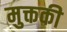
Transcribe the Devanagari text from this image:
मुक्तकी